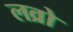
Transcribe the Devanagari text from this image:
लव्रो